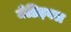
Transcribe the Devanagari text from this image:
मेडिइवल